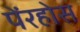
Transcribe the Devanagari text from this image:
पेंरहोस